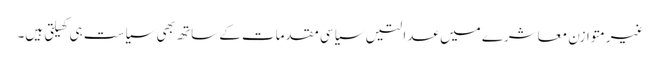
غیرمتوازن معاشرے میں عدالتیں سیاسی مقدمات کے ساتھ بھی سیاست ہی کھیلتی ہیں۔